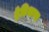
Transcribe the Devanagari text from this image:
ट्रेडिशन्स